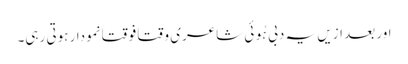
اور بعد ازیں یہ دبی ہُوئی شاعری وقتاََ فوقتاََ نمودار ہوتی رہی۔